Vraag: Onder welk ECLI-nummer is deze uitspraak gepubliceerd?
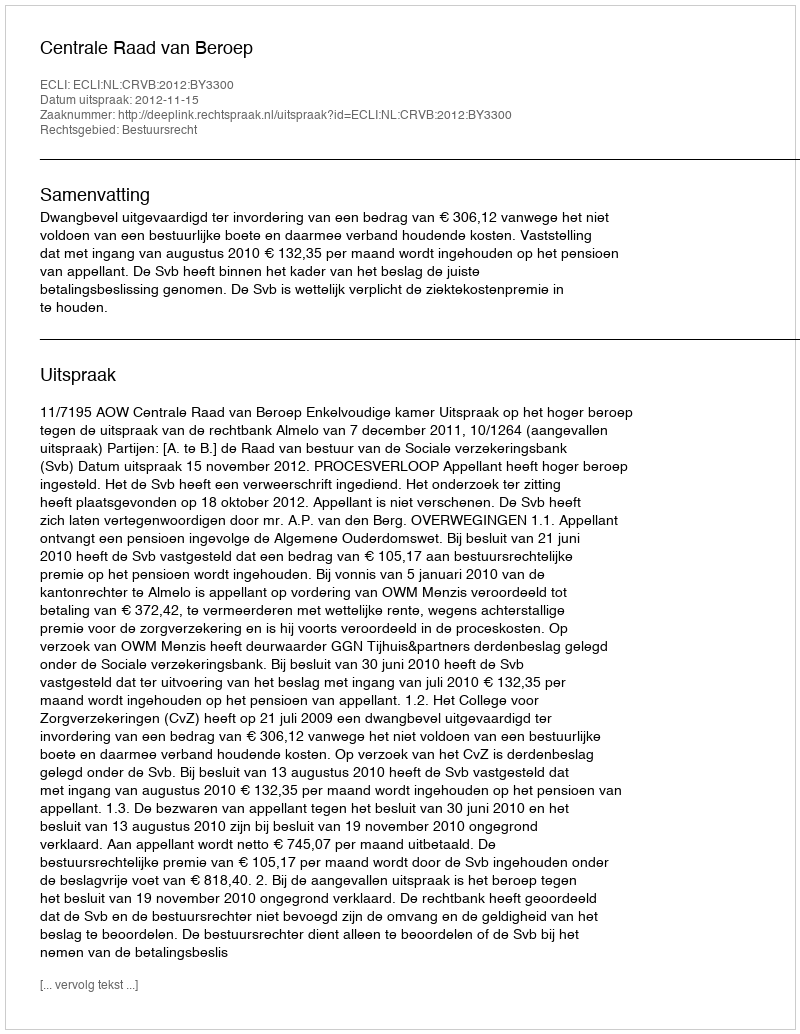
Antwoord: ECLI:NL:CRVB:2012:BY3300